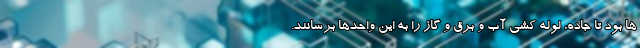
ها بود تا جاده، لوله کشی آب و برق و گاز را به این واحدها برسانند.